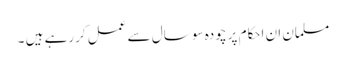
مسلمان ان احکام پر چودہ سو سال سے عمل کررہے ہیں ۔